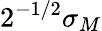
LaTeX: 2^{-1/2}\sigma_{M}